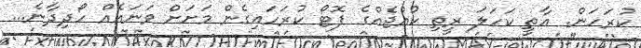
ކުރަހަން. އާތީ ކަހަލަ ރީތި ކުއްޖެއްގެ ފޮޓޯ ކުރަހައިގެން މަށަށް ވަނައެއް ހޯދިދާނެ...